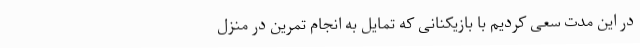
در این مدت سعی کردیم با بازیکنانی که تمایل به انجام تمرین در منزل